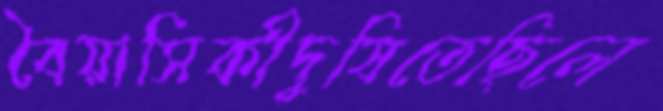
বৈয়াসিকীদুষিতেছিলে